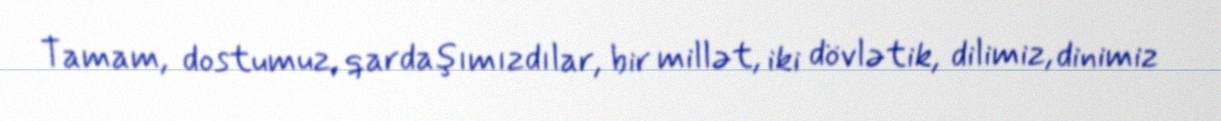
Tamam, dostumuz, qardaşımızdılar, bir millət, iki dövlətik, dilimiz, dinimiz